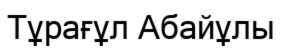
Тұрағұл Абайұлы